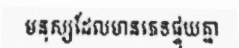
មនុស្សដែលមានភេទផ្ទុយគ្នា